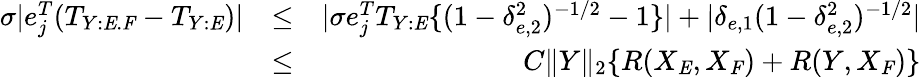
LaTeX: \begin{array}{rlr}{\sigma|e_{j}^{T}(T_{Y:\mathit{E}.\mathit{F}}-T_{Y:\mathit{E}})|}&{\leq}&{|\sigma e_{j}^{T}T_{Y:\mathit{E}}\{ (1-\delta_{e,2}^{2})^{-1/2}-1\} |+|\delta_{e,1}(1-\delta_{e,2}^{2})^{-1/2}|}\\ &{\leq}&{C\| Y\| _{2}\{ R(X_{\mathit{E}},X_{\mathit{F}})+R(Y,X_{\mathit{F}})\} }\end{array}